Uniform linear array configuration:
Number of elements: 8
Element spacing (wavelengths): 0.75
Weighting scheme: uniform
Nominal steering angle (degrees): -60
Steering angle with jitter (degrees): -58.236
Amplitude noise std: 0.05
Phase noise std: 0.05

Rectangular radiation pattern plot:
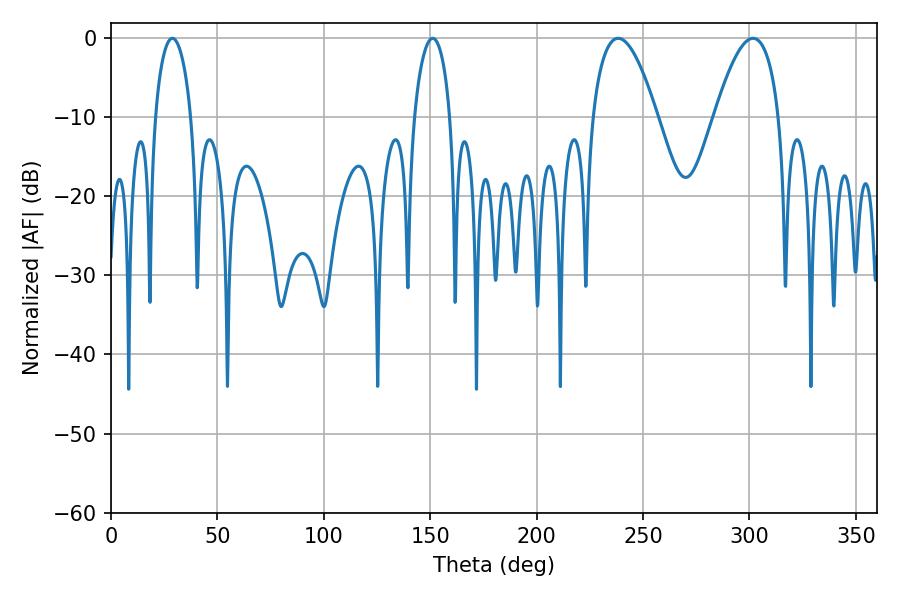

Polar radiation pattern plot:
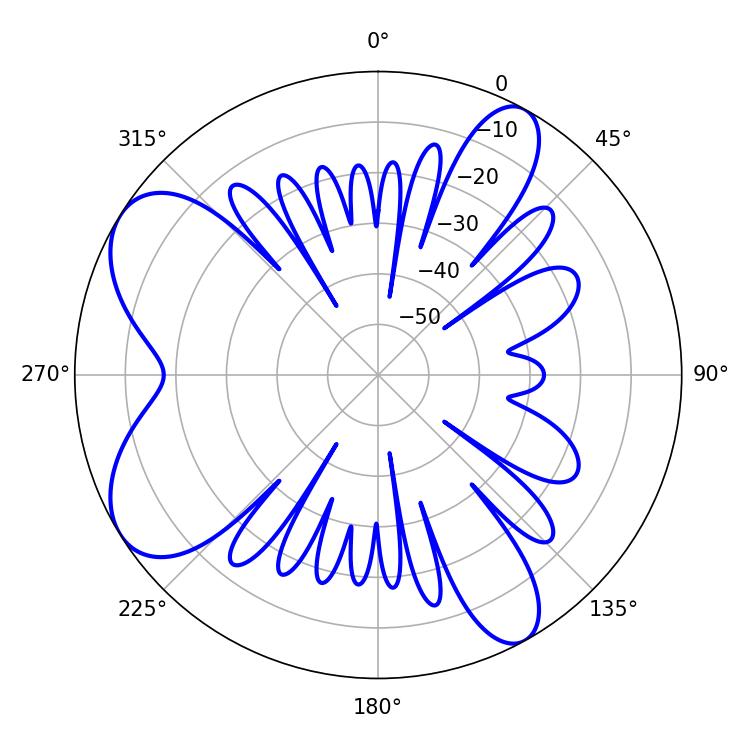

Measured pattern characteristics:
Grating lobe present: TRUE
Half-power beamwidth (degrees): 16.74
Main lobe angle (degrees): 238.32